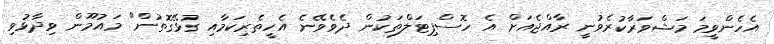
އެހެންވީމަ މަޝްވަރާކުރެވުނީ ރާއްޖެއަށް އެ ހޮސްޕިޓަލްތަކުން ދެވެވޭނެ އެހީތެރިކަމާއި ގުޅޭގޮތުން" މައުމޫން ވިދާޅުވި